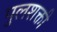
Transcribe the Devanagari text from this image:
पुलशक्ती